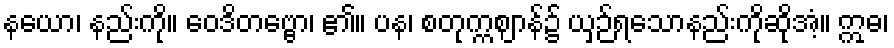
နယော၊ နည်းကို။ ဝေဒိတဗ္ဗော၊ ၏။ ပန၊ စတုက္ကဈာန်၌ ယှဉ်ရသောနည်းကိုဆိုအံ့။ ဣဓ၊